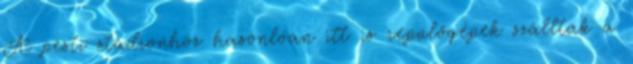
A pesti stadionhoz hasonlóan itt is repülőgépek szálltak a